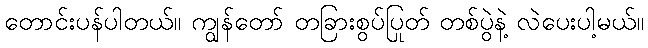
တောင်းပန်ပါတယ်။ ကျွန်တော် တခြားစွပ်ပြုတ် တစ်ပွဲနဲ့ လဲပေးပါ့မယ်။